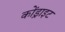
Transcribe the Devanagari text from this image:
कोंड्राइट